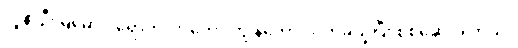
လူနာဦးမြမောင် ရောက်လာတော့ ကျွန်တော် လက်ခံယူပြီး စစ်ဆေးပါတယ်။